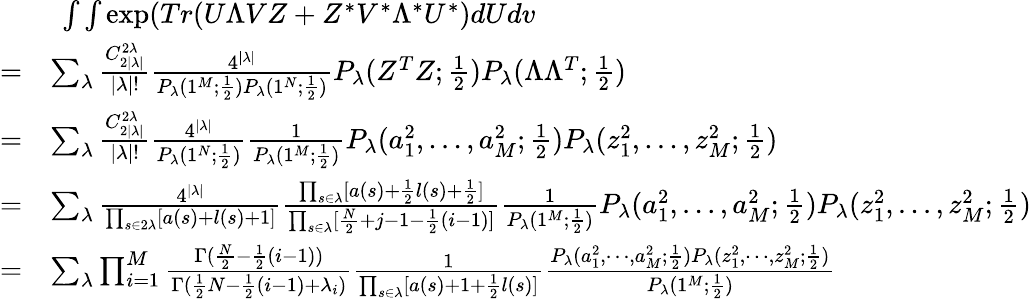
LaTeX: \begin{array}{rl}&{\ \int\int\exp(Tr(U\Lambda VZ+Z^{*}V^{*}\Lambda^{*}U^{*})dUdv}\\ {=}&{\sum_{\lambda}\frac{C_{2|\lambda|}^{2\lambda}}{|\lambda|!}\frac{4^{|\lambda|}}{P_{\lambda}(1^{M};\frac{1}{2})P_{\lambda}(1^{N};\frac{1}{2})}P_{\lambda}(Z^{T}Z;\frac{1}{2})P_{\lambda}(\Lambda\Lambda^{T};\frac{1}{2})}\\ {=}&{\sum_{\lambda}\frac{C_{2|\lambda|}^{2\lambda}}{|\lambda|!}\frac{4^{|\lambda|}}{P_{\lambda}(1^{N};\frac{1}{2})}\frac{1}{P_{\lambda}(1^{M};\frac{1}{2})}P_{\lambda}(a_{1}^{2},...,a_{M}^{2};\frac{1}{2})P_{\lambda}(z_{1}^{2},...,z_{M}^{2};\frac{1}{2})}\\ {=}&{\sum_{\lambda}\frac{4^{|\lambda|}}{\prod_{s\in 2\lambda}[a(s)+l(s)+1]}\frac{\prod_{s\in\lambda}[a(s)+\frac{1}{2}l(s)+\frac{1}{2}]}{\prod_{s\in\lambda}[\frac{N}{2}+j-1-\frac{1}{2}(i-1)]}\frac{1}{P_{\lambda}(1^{M};\frac{1}{2})}P_{\lambda}(a_{1}^{2},...,a_{M}^{2};\frac{1}{2})P_{\lambda}(z_{1}^{2},...,z_{M}^{2};\frac{1}{2})}\\ {=}&{\sum_{\lambda}\prod_{i=1}^{M}\frac{\Gamma(\frac{N}{2}-\frac{1}{2}(i-1))}{\Gamma(\frac{1}{2}N-\frac{1}{2}(i-1)+\lambda_{i})}\frac{1}{\prod_{s\in\lambda}[a(s)+1+\frac{1}{2}l(s)]}\frac{P_{\lambda}(a_{1}^{2},\cdots,a_{M}^{2};\frac{1}{2})P_{\lambda}(z_{1}^{2},\cdots,z_{M}^{2};\frac{1}{2})}{P_{\lambda}(1^{M};\frac{1}{2})}}\end{array}